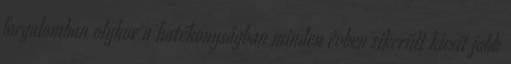
forgalomban olykor a hatékonyságban minden évben sikerült kicsit jobb